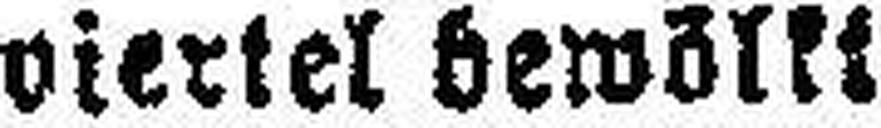
viertel bewölkt